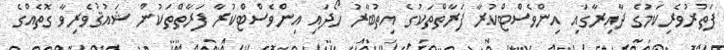
ފަތުރުވެރިކަމުގެ ދާއިރާގައި އިންވެސްޓްކުރާ ފަރާތްތަކުގެ އިތުބާރު ހޯދައި އިންވެސްޓްކުރާ ފަރާތްތަކުން ޝައުޤުވެރިވާ ގޮތެއްގެ